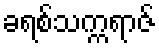
ခရစ်သက္ကရာဇ်